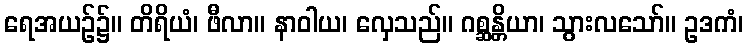
ရေအယဉ်၌။ တိရိယံ၊ ဖီလာ။ နာဝါယ၊ လှေသည်။ ဂစ္ဆန္တိယာ၊ သွားလသော်။ ဥဒကံ၊